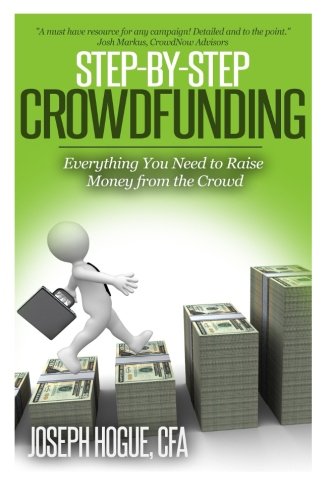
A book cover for Step by Step Crowdfunding: Everything You Need to Raise Money From the Crowd; Mr. Joseph Hogue; Business & Money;